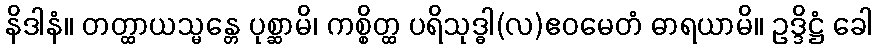
နိဒါနံ။ တတ္ထာယသ္မန္တေ ပုစ္ဆာမိ၊ ကစ္စိတ္ထ ပရိသုဒ္ဓါ(လ)ဧဝမေတံ ဓာရယာမိ။ ဥဒ္ဒိဋ္ဌံ ခေါ